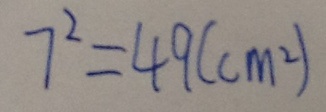
7 ^ { 2 } = 4 9 ( c m ^ { 2 } )